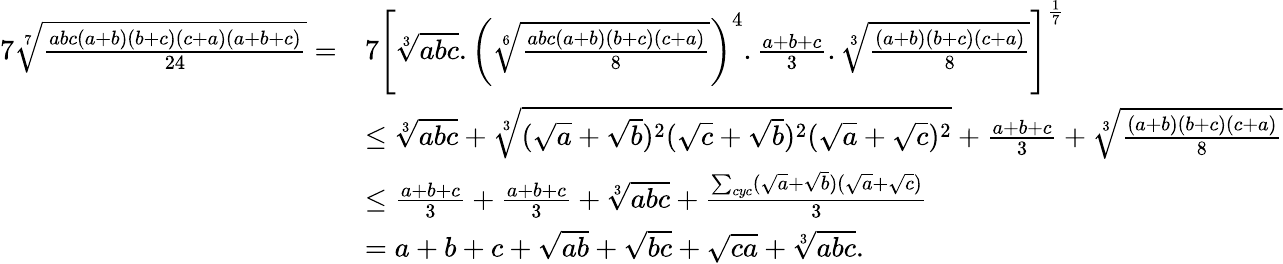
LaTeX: \begin{array}{rl}{7\sqrt[7]{\frac{abc(a+b)(b+c)(c+a)(a+b+c)}{24}}=}&{7\left[\sqrt[3]{abc}.\left(\sqrt[6]{\frac{abc(a+b)(b+c)(c+a)}{8}}\right)^{4}.\frac{a+b+c}{3}.\sqrt[3]{\frac{(a+b)(b+c)(c+a)}{8}}\right]^{\frac{1}{7}}}\\ &{\le\sqrt[3]{abc}+\sqrt[3]{(\sqrt{a}+\sqrt{b})^{2}(\sqrt{c}+\sqrt{b})^{2}(\sqrt{a}+\sqrt{c})^{2}}+\frac{a+b+c}{3}+\sqrt[3]{\frac{(a+b)(b+c)(c+a)}{8}}}\\ &{\le\frac{a+b+c}{3}+\frac{a+b+c}{3}+\sqrt[3]{abc}+\frac{\sum_{cyc}(\sqrt{a}+\sqrt{b})(\sqrt{a}+\sqrt{c})}{3}}\\ &{=a+b+c+\sqrt{ab}+\sqrt{bc}+\sqrt{ca}+\sqrt[3]{abc}.}\end{array}